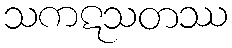
သကဋသတဿ